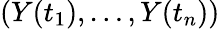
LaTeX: (Y(t_{1}),\ldots,Y(t_{n}))